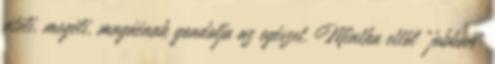
átéli, megéli, magáénak gondolja az egészet. Mintha ettől "jobban"